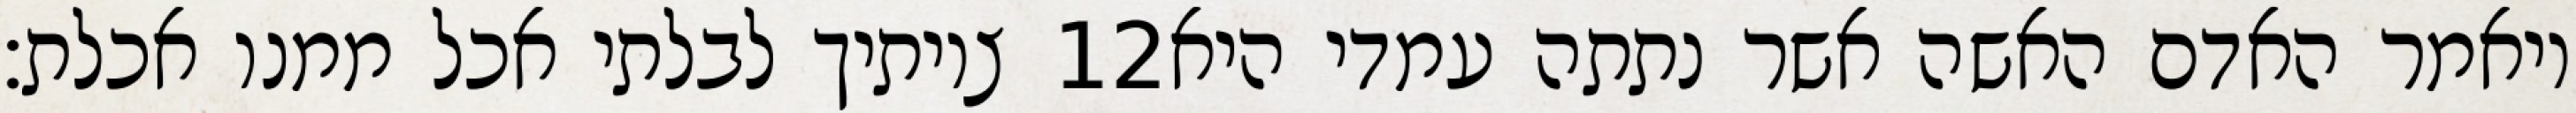
צויתיך לבלתי אכל ממנו אכלת׃ ‎12‏ ויאמר האדם האשה אשר נתתה עמדי היא